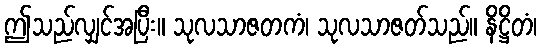
ဤသည်လျှင်အပြီး။ သုလသာဇတကံ၊ သုလသာဇတ်သည်။ နိဋ္ဌိတံ၊